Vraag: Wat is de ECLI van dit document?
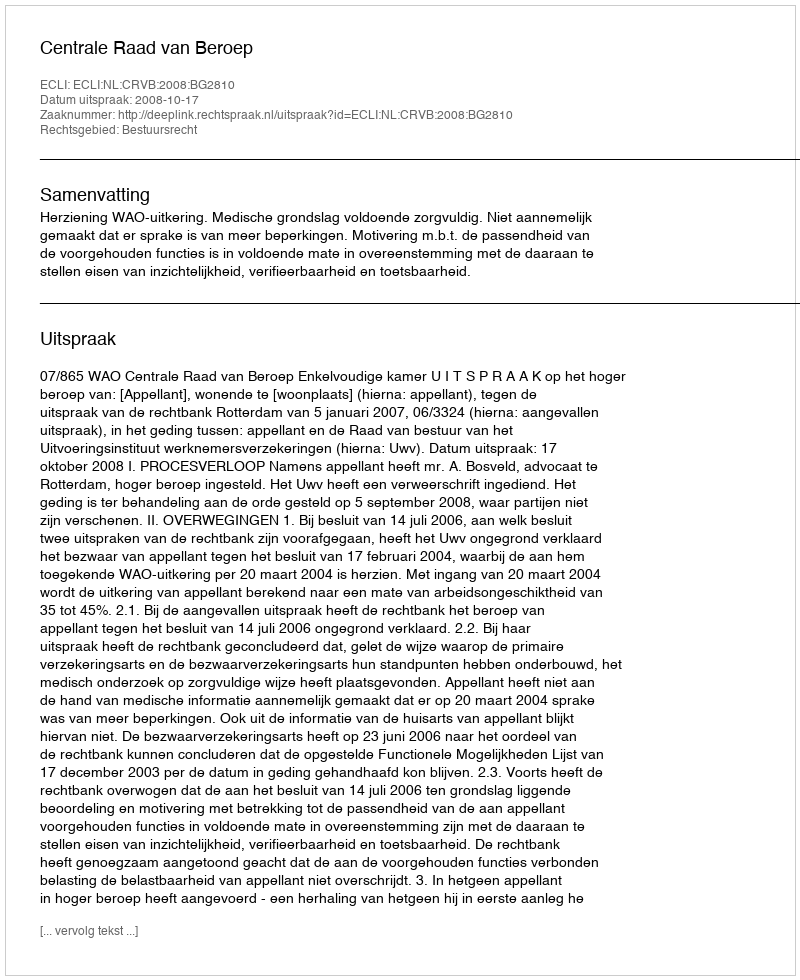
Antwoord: ECLI:NL:CRVB:2008:BG2810